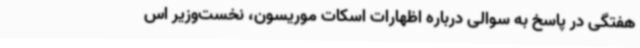
هفتگی در پاسخ به سوالی درباره اظهارات اسکات موریسون، نخست‌وزیر اس